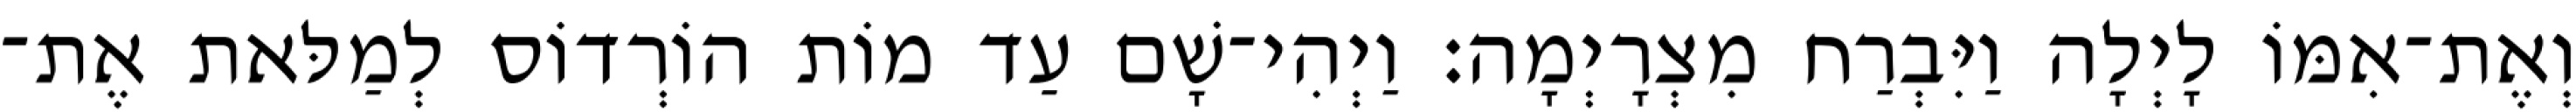
וְאֶת־אִמּוֹ לָיְלָה וַיִּבְרַח מִצְרָיְמָה׃ וַיְהִי־שָׁם עַד מוֹת הוֹרְדוֹס לְמַלּאת אֶת־